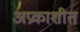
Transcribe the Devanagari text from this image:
अप्रकाशीत